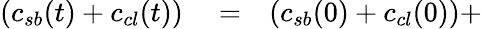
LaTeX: \begin{array}{rlr}{\left(c_{sb}(t)+c_{cl}(t)\right)}&{{}=}&{\left(c_{sb}(0)+c_{cl}(0)\right)+}\end{array}